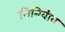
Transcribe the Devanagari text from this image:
मिनिवीव